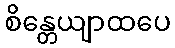
စိန္တေယျာထပေ